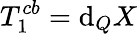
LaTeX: T_{1}^{cb}=\mathrm{d}_{Q}X